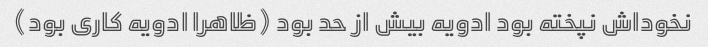
نخوداش نپخته بود ادویه بیش از حد بود (ظاهرا ادویه کاری بود)